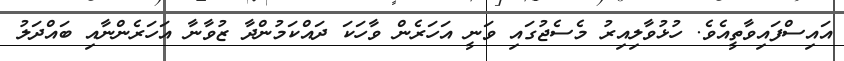
އައިސްފައިވާތީއެވެ. ހުޅުވާލިއިރު މެސެޖުގައި ވަނީ އަހަރެން ވާހަކަ ދައްކަމުންދާ ޒުވާނާ އަހަރެންނާއި ބައްދަލު